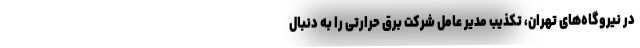
در نیروگاه‌های تهران، تکذیب مدیر عامل شرکت برق حرارتی را به دنبال